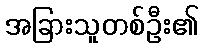
အခြားသူတစ်ဦး၏